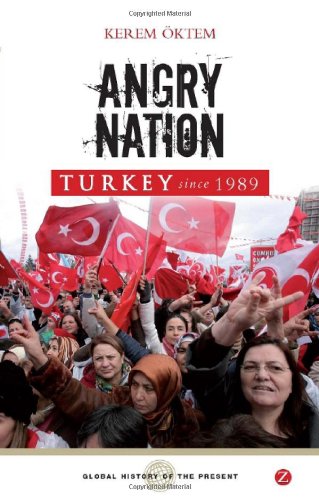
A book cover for Angry Nation: Turkey Since 1989 (Global History of the Present); Kerem Oktem; History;